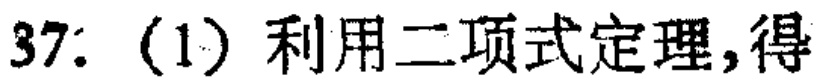
37. (1) 利用二项式定理,得